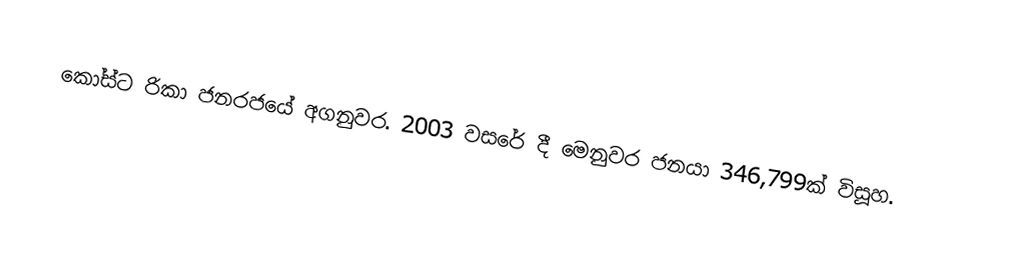
කෝස්ට රිකා ජනරජයේ අගනුවර. 2003 වසරේ දී මෙනුවර ජනයා 346,799ක් විසූහ.